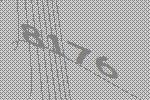
8176